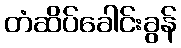
တံဆိပ်ခေါင်းခွန်